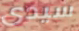
سيدى